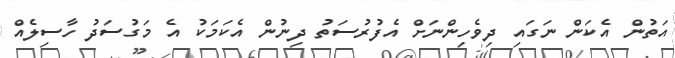
އަތުން އެކަން ނަގައި ދިވެހިންނަށް އެފުރުސަތު ދިނުން އެކަމަކު އެ މަގުސަދު ހާސިލެއް